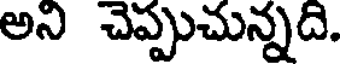
అని చెప్పుచున్నది.